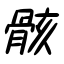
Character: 骸